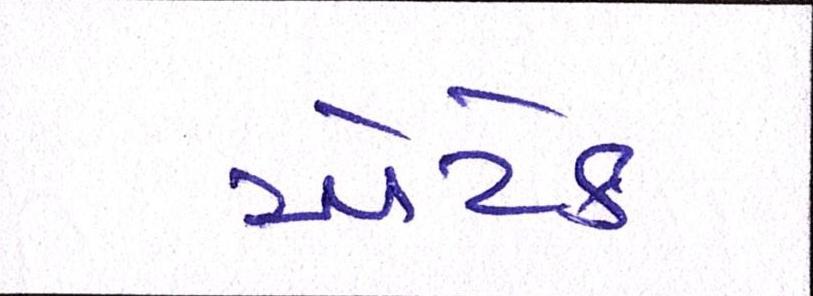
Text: એટેક